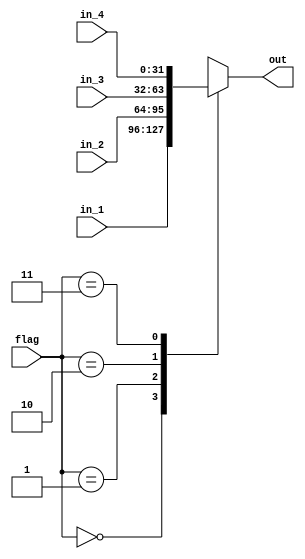
module mux_4(in_1, in_2, in_3, in_4, out, flag);
	
	input [31:0] in_1, in_2, in_3, in_4;
	input [1:0] flag;  
	
	output reg [31:0] out;
	
	always @ (*)
	begin
		case(flag)
			0: out = in_1;
			1: out = in_2;
			2: out = in_3;
			3: out = in_4;
		endcase
	end
	
endmodule